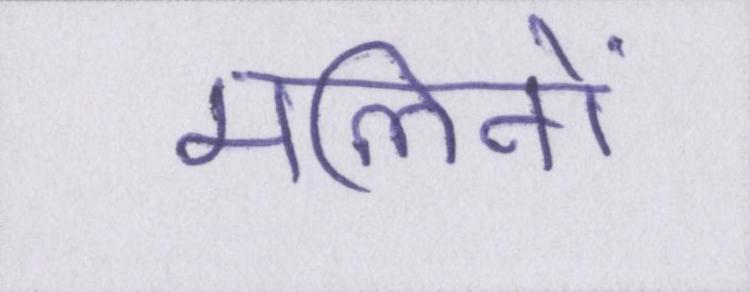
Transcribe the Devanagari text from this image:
मलिनों